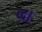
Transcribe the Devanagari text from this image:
व्द।